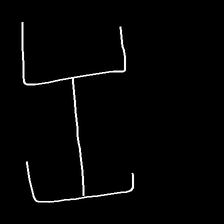
Glyph: entwine